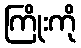
ကြိုးကို